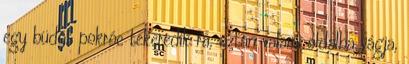
egy büdös pokróc tekeredik rá, aztán valami oldalba vágja,